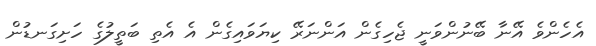
އެހެންވެ އޭނާ ބޭނުންވަނީ ޖެހިގެން އަންނަރޭ ކިޔަވައިގެން އެ އެތި ބަތީލުގެ ހަށިގަނޑުން